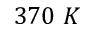
3 7 0 ~ K